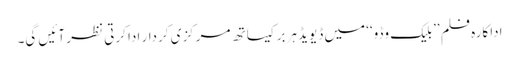
اداکارہ فلم ’’بلیک وڈو‘‘ میں ڈیویڈ ہربر کیساتھ مرکزی کردار ادا کرتی نظر آئیں گی۔